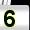
Digit: 5